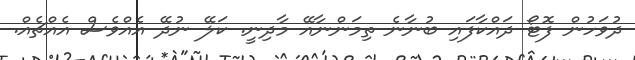
ދުވަހުން ފޮޓޯ ދައްކާފައި ބުނާނެ ތިމަންނާއޭ މާދިނީ. ކަލޭ ނުދޭ އެއްވެސް އެއްޗެއް.